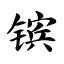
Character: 镔